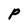
Character: P